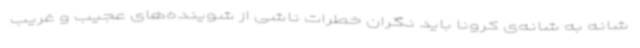
شانه به شانه‌ی کرونا باید نگران خطرات ناشی از شوینده‌های عجیب و غریب